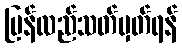
ပြန်လည်သတ်မှတ်ရန်